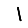
Digit: 1